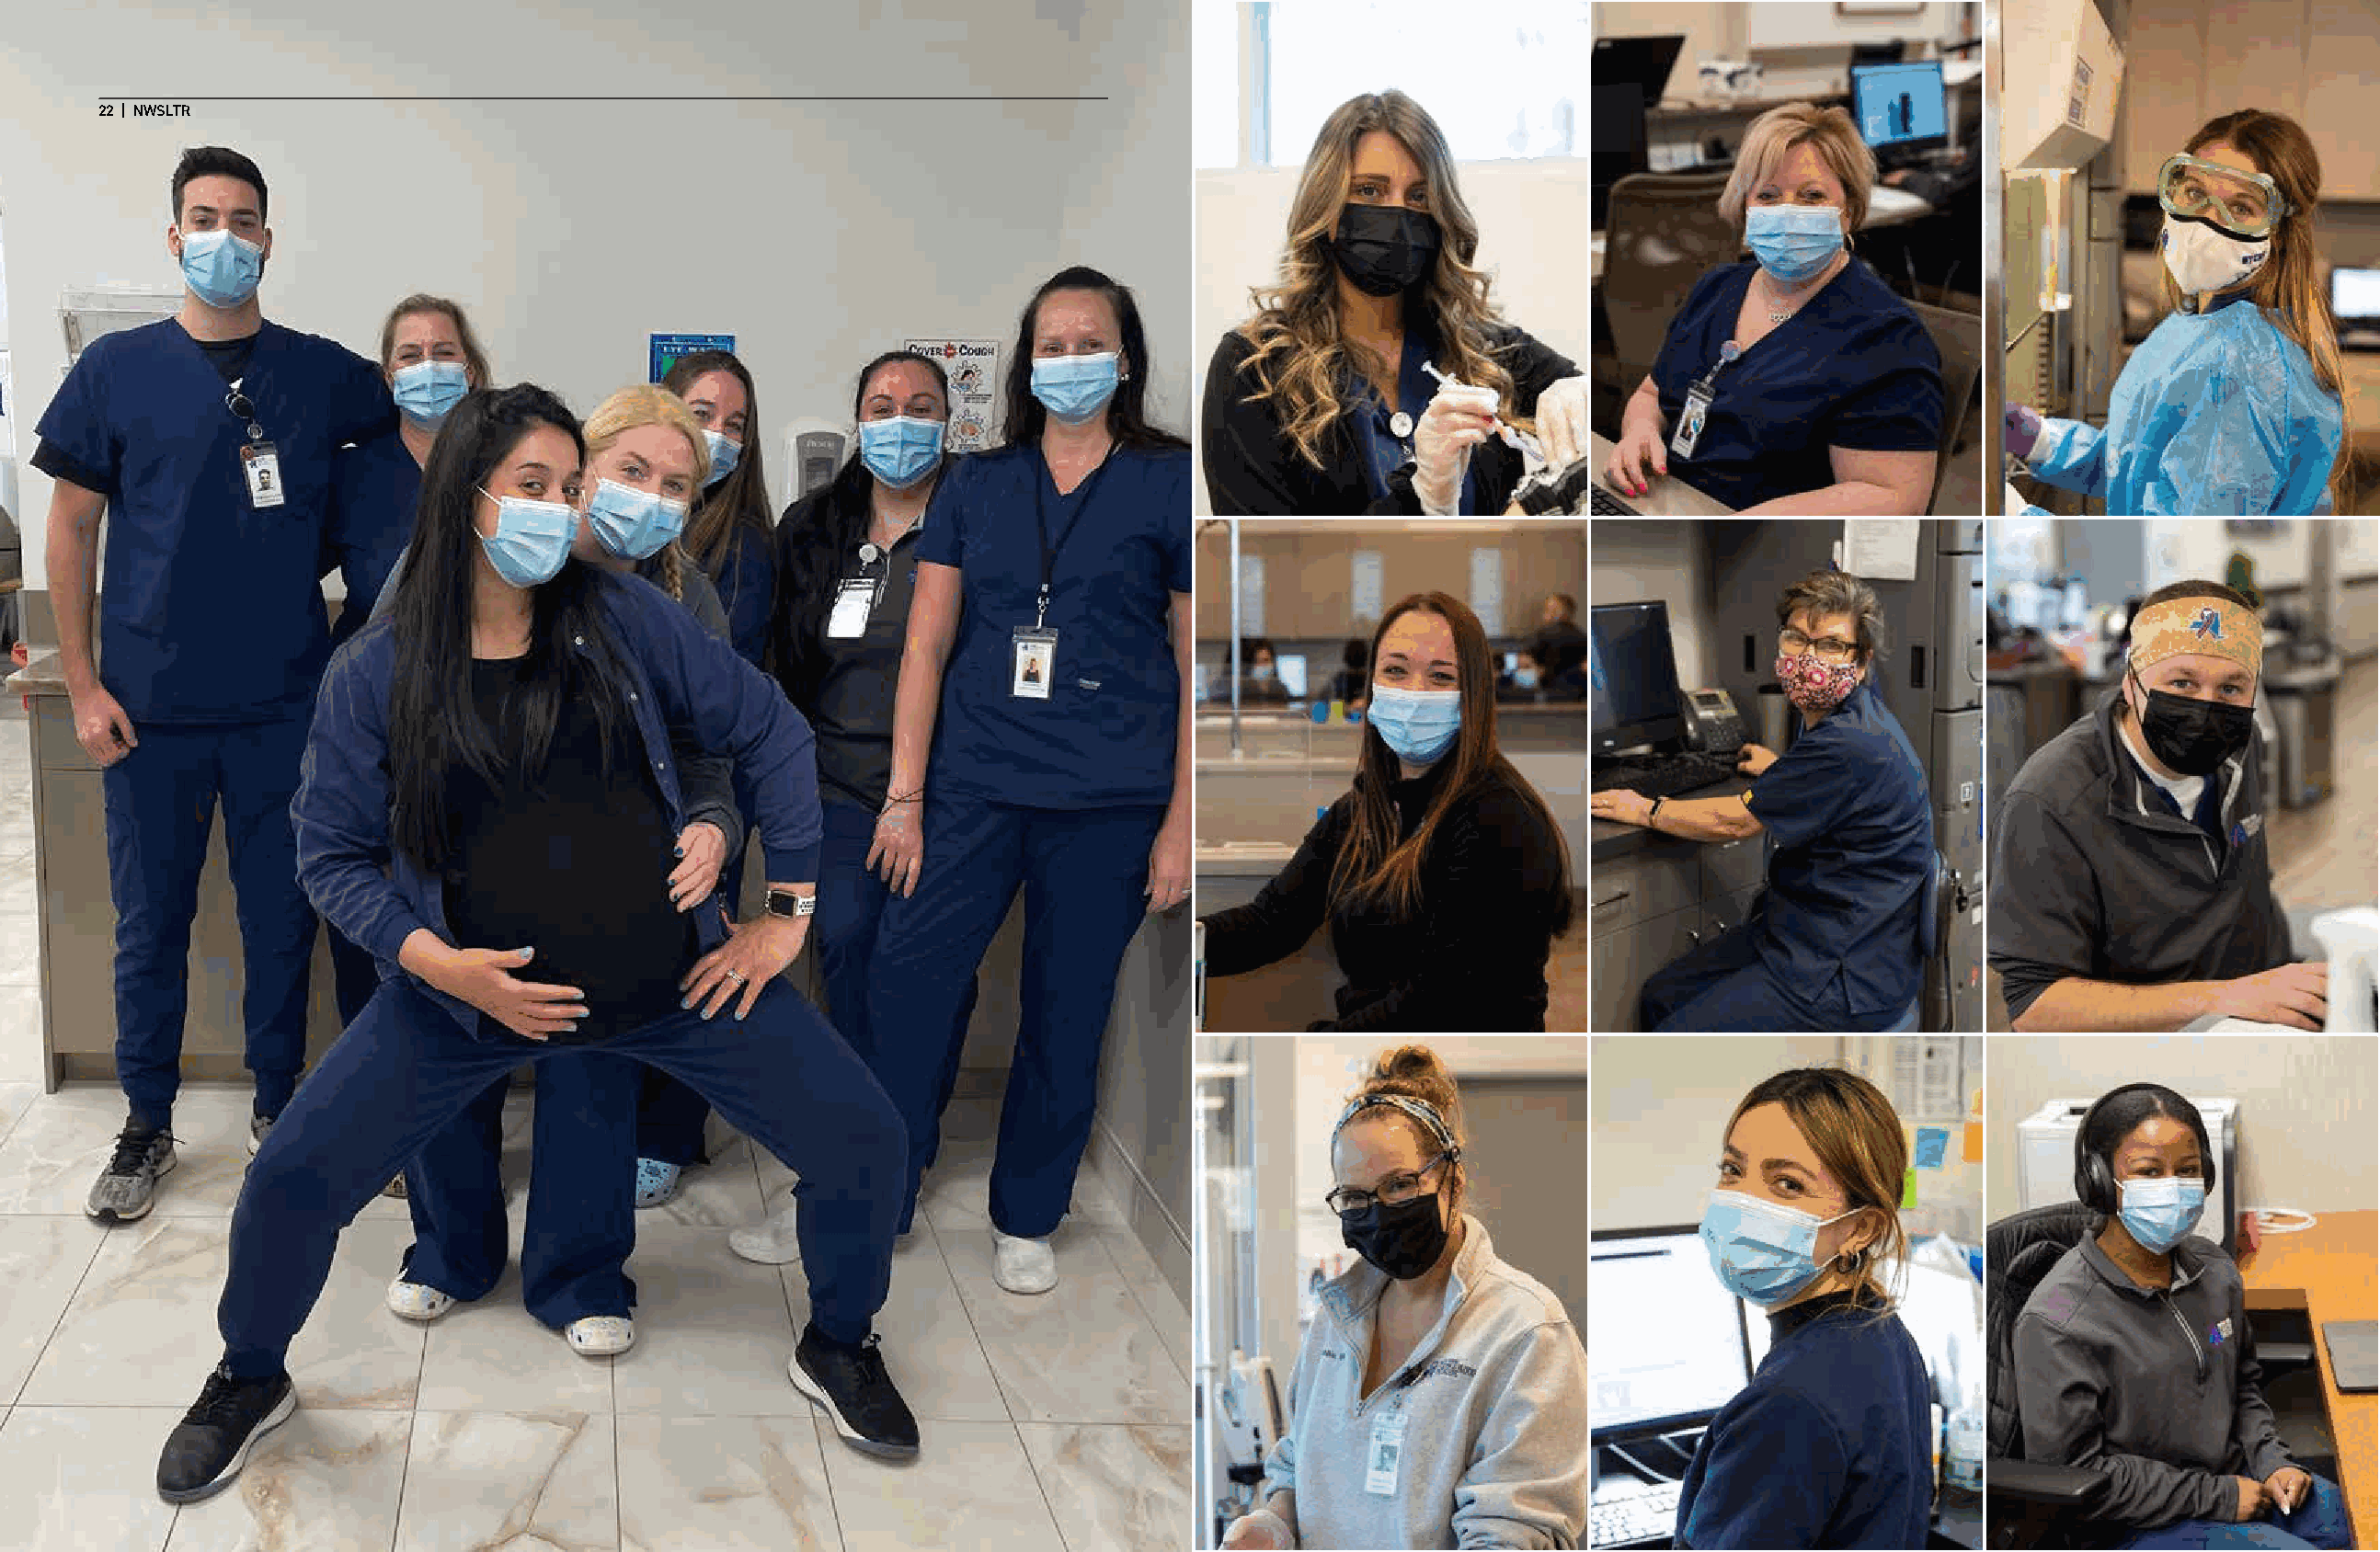
2222 || NNWWSSLLTTRR                                                                                                                                   23 | NWSLTR